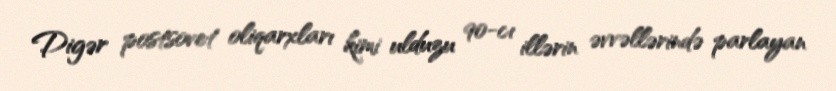
Digər postsovet oliqarxları kimi ulduzu 90-cı illərin əvvəllərində parlayan